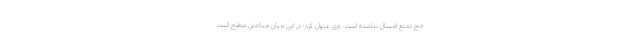
حج تمتع امسال نداشته است. وی عنوان کرد: در این میان مباحثی مطرح است